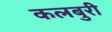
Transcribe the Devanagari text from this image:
कलबुरी